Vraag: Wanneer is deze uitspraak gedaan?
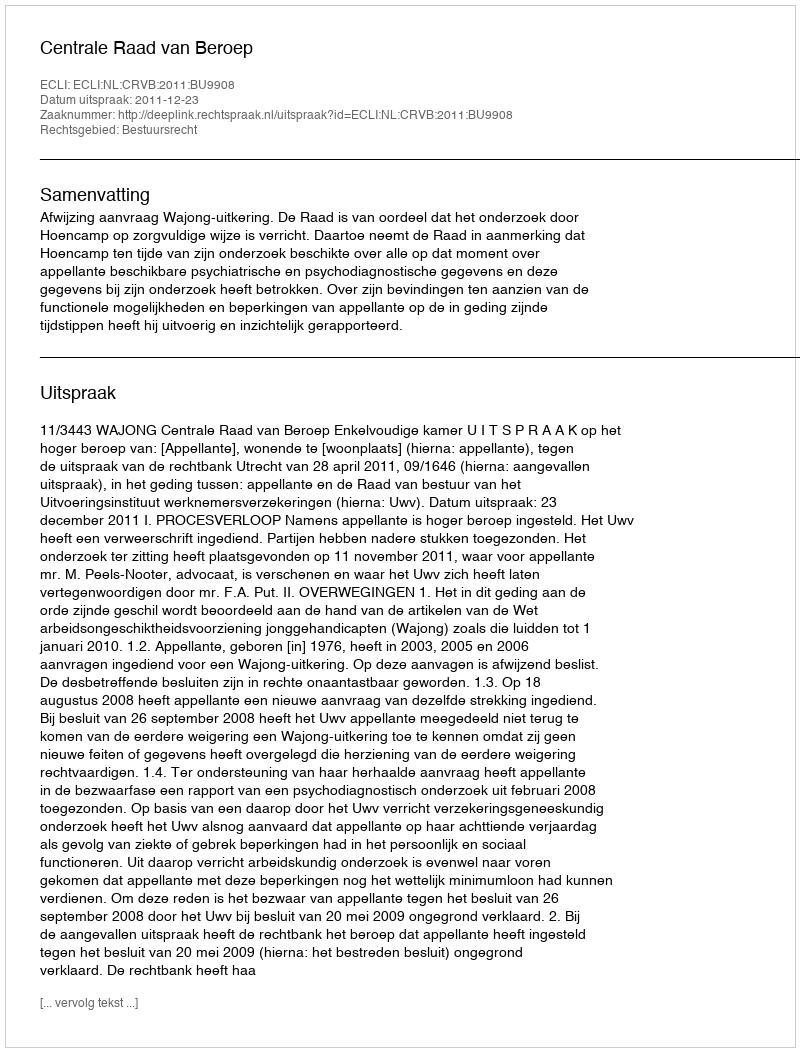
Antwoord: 2011-12-23